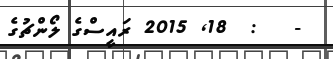
-   :  18